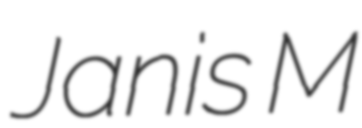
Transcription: Janis M